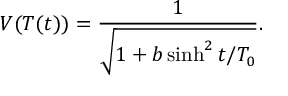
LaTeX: V ( T ( t ) ) = \frac { 1 } { \sqrt { 1 + b \sinh ^ { 2 } t / T _ { 0 } } } .